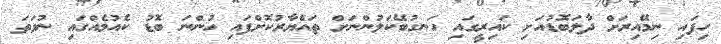
ހިފައި ނިމޭއިރަށް ދާލަބޮޑުއަށި ކައިރީގައި ހަނގުބޭކަލުންނަށް ތައްޔާރުކޮށްފައި ހުންނަ ބޮޑު ކެއުމެއްގައި ނުވަތަ